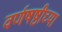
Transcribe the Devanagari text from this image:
वर्णषष्ठीच्या